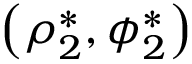
\left( \rho _ { 2 } ^ { * } , \phi _ { 2 } ^ { * } \right)